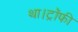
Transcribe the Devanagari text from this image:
था।ट्रॉफी